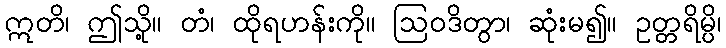
ဣတိ၊ ဤသို့။ တံ၊ ထိုရဟန်းကို။ ဩဝဒိတွာ၊ ဆုံးမ၍။ ဥတ္တရိမ္ပိ၊